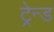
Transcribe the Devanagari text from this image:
ट्रेन्ड